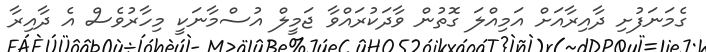
ގެމަނަފުށި ދާއިރާއަށް އަމިއްލަ ގޮތުން ވާދަކުރައްވާ ޖަމީލް އުސްމާނަކީ މިހާރުވެސް އެ ދާއިރާ